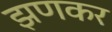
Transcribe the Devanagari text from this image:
झणकर